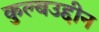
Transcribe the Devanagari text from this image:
कुल्बउद्दीन